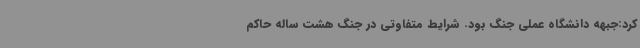
کرد:جبهه دانشگاه عملی جنگ بود. شرایط متفاوتی در جنگ هشت ساله حاکم